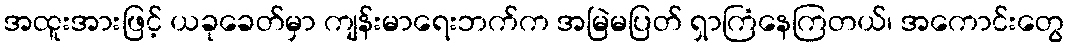
အထူးအားဖြင့် ယခုခေတ်မှာ ကျန်းမာရေးဘက်က အမြဲမပြတ် ရှာကြံနေကြတယ်၊ အကောင်းတွေ